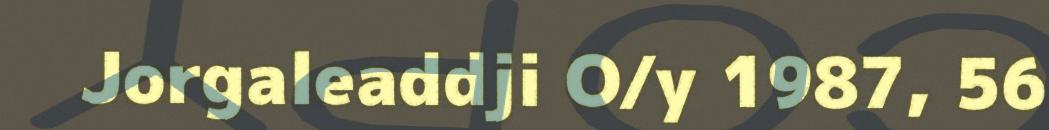
Jorgaleaddji O/y 1987, 56